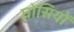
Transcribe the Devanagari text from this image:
घोसियों